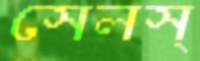
সেলস্